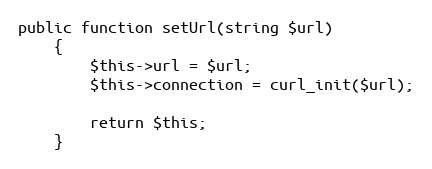
Language: PHP
public function setUrl(string $url)
    {
        $this->url = $url;
        $this->connection = curl_init($url);

        return $this;
    }